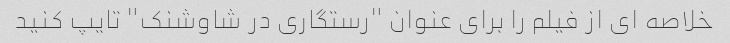
خلاصه ای از فیلم را برای عنوان "رستگاری در شاوشنک" تایپ کنید